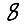
Digit: 8